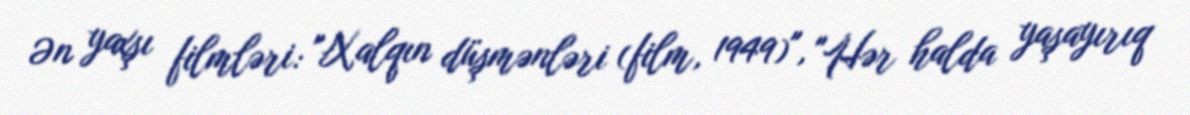
Ən yaxşı filmləri: "Xalqın düşmənləri (film, 1949)", "Hər halda yaşayırıq